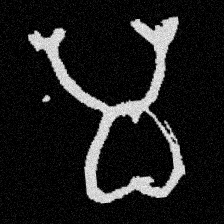
Pyu character \u2014 Myanmar letter: မ (romanized: ma)